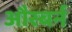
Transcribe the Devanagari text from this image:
औस्बर्न